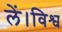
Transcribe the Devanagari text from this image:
लें।विश्व